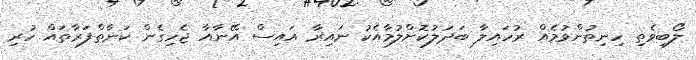
ލޯބިވެތި ހިނިތުންވުމެއް ރުހައިލާ ބަދަލުކޮށްލުމާއެކު ނައިރާ އައިސް އޭނާއާ ޖެހިގެން ކަނާތްފަރާތައް ހުރި